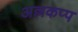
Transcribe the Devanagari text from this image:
अल्लकप्प